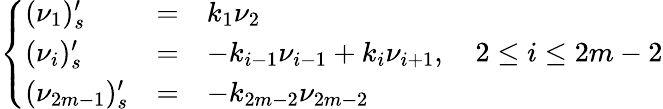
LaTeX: \left\{ \begin{array}{lll}{(\nu_{1})_{s}^{\prime}}&{=}&{k_{1}\nu_{2}}\\ {(\nu_{i})_{s}^{\prime}}&{=}&{-k_{i-1}\nu_{i-1}+k_{i}\nu_{i+1},\quad 2\leq i\leq 2m-2}\\ {(\nu_{2m-1})_{s}^{\prime}}&{=}&{-k_{2m-2}\nu_{2m-2}}\end{array}\right.